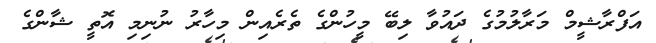
އަފްރާޝީމް މަރާލުމުގެ ދައުވާ ލިބޭ މީހުންގެ ތެރެއިން މިހާރު ނުނިމި އޮތީ ޝާންގެ